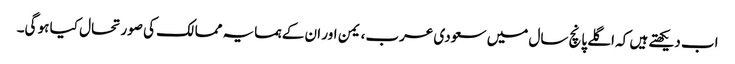
اب دیکھتے ہیں کہ اگلے پانچ سال میں سعودی عرب، یمن اور ان کے ہمسایہ ممالک کی صورتحال کیا ہو گی۔